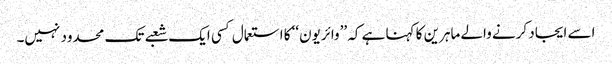
اسے ایجاد کرنے والے ماہرین کا کہنا ہے کہ ’’وائریون‘‘ کا استعمال کسی ایک شعبے تک محدود نہیں۔